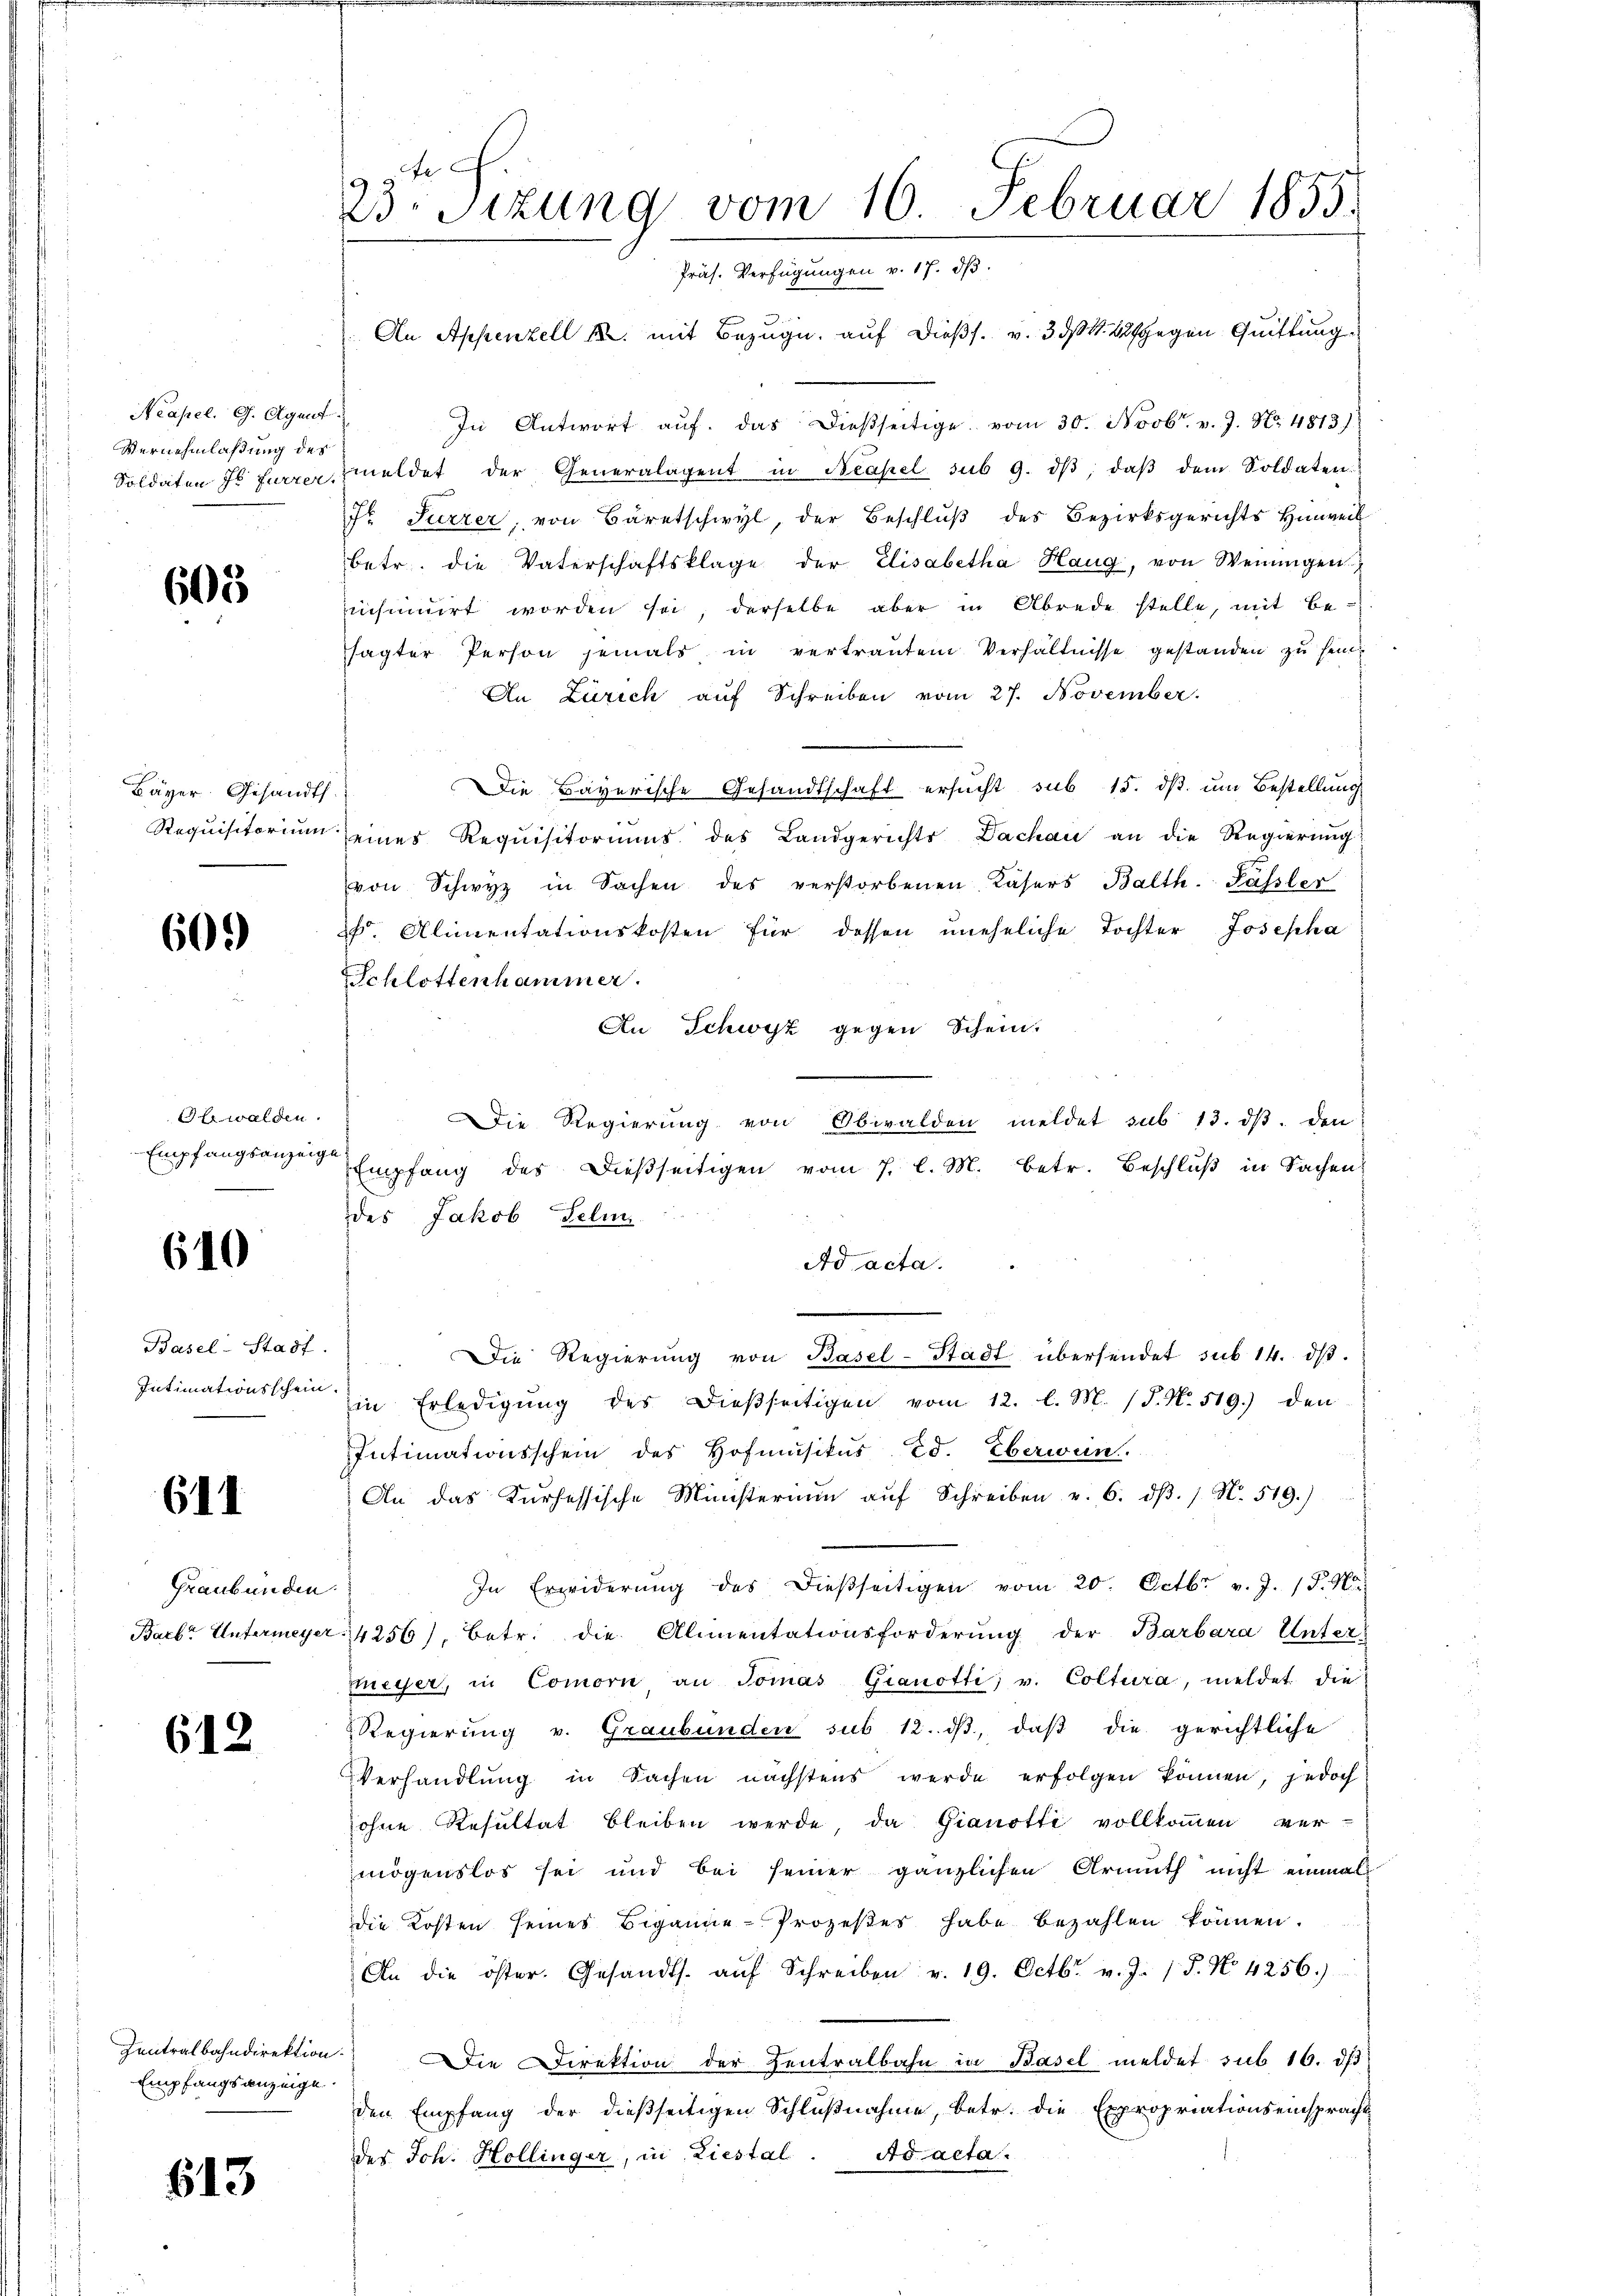
Neapel. G. Agent
Vernehmlassung des
Soldaten zu fürzer.

605

Bayer. Gesandts
Requisitorium.

60.)

Obwalden.
Empfangsanzeigt

610

Basel-Stadt.
Intimationsschein

611

Graubünden
Bach Untermeyer

612.

Zentralbahndirektion
Empfangsanzeige

613

f
B.Sizung vom 16. Februar 1855.
Präs. Verfügungen v. 17. dβ.
An Appenzell M. mit Bezug auf dießs. v. 3. d. 22 gegen Quittung

In Antwort aŭf das dießseitige vom 30. Novbr. v. J. Nr. 4813)
meldet der Generalagent in Neapel sub 9. dβ, daβ dem Soldaten.
7r Parzer, von Bäretschwyl, der Beschlŭβ des Bezirksgerichts Hinweil
betr. die Vaterschaftsklage der Elisabetha Haug, von Weinigen
eichnuirt worden sei, derselbe aber in Abrede stelle, mit Besagter Person jemals in vertrautem Verhältnisse gestanden zu sein.
An Zürich auf Schreiben vom 27. November.
Die Bayerische Gesandtschaft ersucht sub 15. dß um Bestellung
seines Requisitoriums des Landgerichts Dachau an die Regierung
von Schwyz in Sachen des verstorbenen Kasers Balth. Fassler
h. Alimentationskosten für dessen uneheliche Tochter Josepha
Schlottenhammer.
An Schwyz gegen Schein.
Die Regierung von Obwalden meldet sub 13. ds. den
Empfang der dießseitigen vom 7. l. M. betr. Beschlŭβ in Sachen
des Jakob Feli
Ad acta.
Die Regierŭng von Basel-Stadt übersendet sub 14. dβ.
Ein Erledigung des dießseitigen vom 12. l. M. (T. N. 519.) den
Intimationsschein des Hofmusikus Ed. Eberwun
An das Kurhessische Ministerium auf Schreiben v. 6. dβ. / N. 519.)
In Erwiderŭng des dießseitigen vom 20. Octbr. v. J. 15. No.
4256), betr. die Alimentationsforderŭng der Barbara Unter-
meyer, in Comorn an Tomas Gianotti, v. Coltura, meldet die
 Regierung v. Graubünden sub 12. dβ, daβ die gerichtliche
Verhandlung in Sachen nächstens werde erfolgen können, jedoch
ohne Resultat bleiben werde, da Gianotti vollkommen ver-
mögenslos sei und bei seiner gänzlichen Armuth nicht einmal
die Kosten seines Beganne Prozeßes habe bezahlen können.
An die öster. Gesandts. aŭf Schreiben v. 19. Octbr. v. J. 18. No. 4256.)
 Die Direktion der Zentralbahn in Basel meldet sub 16. ds
den Empfang der dießseitigen Schlußnahme, betr. die Expropriationseinspracht
des Joh. Hollinger, in Liestal. Ad acta.